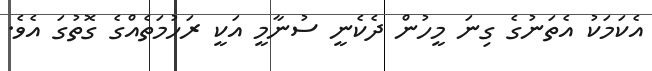
އެކަމަކު އެތަނުގެ ގިނަ މީހުން ދެކެނީ ސުނާމީ އަކީ ރަހުމަތެއްގެ ގޮތުގަ އެވެ.